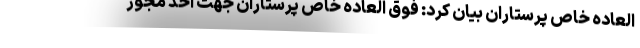
العاده خاص پرستاران بیان کرد: فوق العاده خاص پرستاران جهت اخذ مجوز